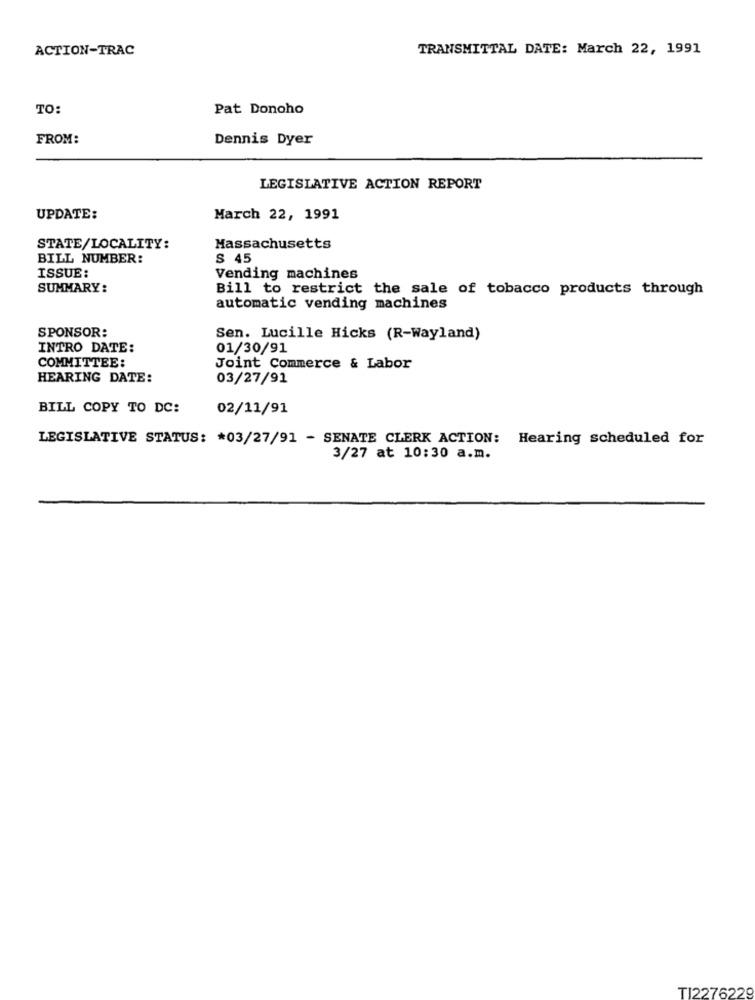
ACTION-TRAC
TRANSMITTAL DATE: March 22, 1991
TO:
Pat Donoho
FROM:
Dennis Dyer
LEGISLATIVE ACTION REPORT
UPDATE:
March 22, 1991
STATE/LOCALITY:
Massachusetts
BILL NUMBER:
S 45
ISSUE:
Vending machines
SUMMARY:
Bill to restrict the sale of tobacco products through
automatic vending machines
SPONSOR:
Sen. Lucille Hicks (R-Wayland)
INTRO DATE:
01/30/91
COMMITTEE:
Joint Commerce & Labor
HEARING DATE:
03/27/91
BILL COPY TO DC:
02/11/91
LEGISLATIVE STATUS: * 03/27/91 - SENATE CLERK ACTION: Hearing scheduled for
3/27 at 10:30 a.m.
TI2276229